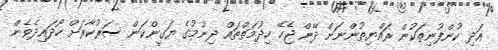
އަދި ކުންފުނިތަކުން ރައްޔިތުންނަށް ދޭން ޖެހޭ ހިދުމަތްތައް ދިނުމުގެ ޔަގީންކަން ސަރުކާރަށް ހޯދައިދެވެން